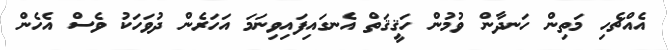
އެއްޗެހި މަތިން ހަނދާން ވުމުން ހަޤީޤަތް އެނގައިފައިވިނަމަ އަހަރެން ދުވަހަކު ވެސް އެހެން